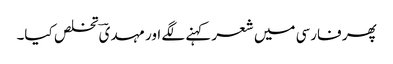
پھر فارسی میں شعر کہنے لگے اور مہدیؔ تخلص کیا۔